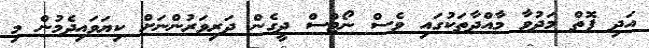
އަދި ފޮތް މަދުވާ މާއްދާތަކުގައި ވެސް ނޯޓްސް ދީގެން ދަރިވަރުންނަށް ކިޔަވައިދެމުން މި